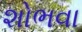
શોભવા